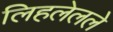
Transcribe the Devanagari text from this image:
लिहलेलले